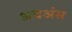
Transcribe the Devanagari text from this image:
अवअंस